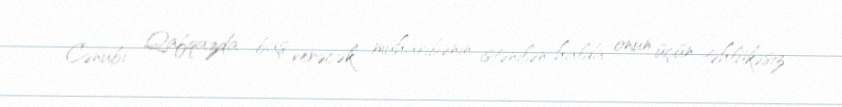
Cənubi Qafqazda baş verəcək müharibənin istənilən halda onun üçün təhlükəsiz